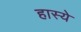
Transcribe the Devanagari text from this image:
हास्ये